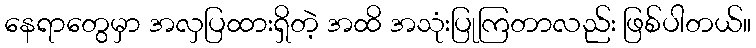
နေရာတွေမှာ အလှပြထားရှိတဲ့ အထိ အသုံးပြုကြတာလည်း ဖြစ်ပါတယ်။